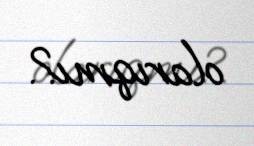
olarıqmı?.